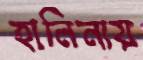
হানিনায়